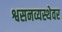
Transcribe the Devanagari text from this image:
श्वसनव्यस्थेवर